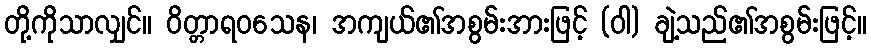
တို့ကိုသာလျှင်။ ဝိတ္တာရဝသေန၊ အကျယ်၏အစွမ်းအားဖြင့် (ဝါ) ချဲ့သည်၏အစွမ်းဖြင့်။